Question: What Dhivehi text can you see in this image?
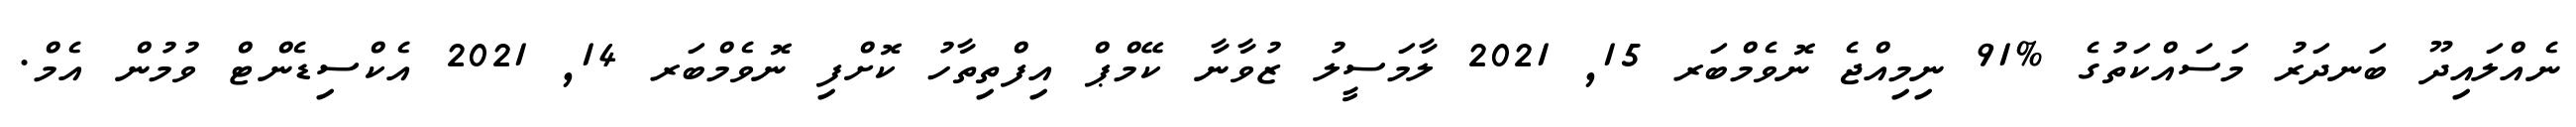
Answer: ނެއްލައިދޫ ބަނދަރު މަސައްކަތުގެ %91 ނިމިއްޖެ ނޮވެމްބަރ 15, 2021 ލާމަސީލު ޒުވާނާ ކޭމްޕް އިފްތިތާހު ކޮށްފި ނޮވެމްބަރ 14, 2021 އެކްސިޑެންޓް ވުމުން އެމް.